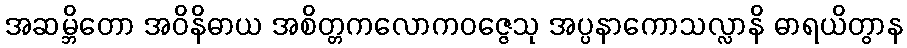
အဆမ္ဘိတော အဝိနိဓာယ အစိတ္တကလောကဝဇ္ဇေသု အပ္ပနာကောသလ္လာနိ ဓာရယိတွာန